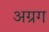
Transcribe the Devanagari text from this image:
अग्रग